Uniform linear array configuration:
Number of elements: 12
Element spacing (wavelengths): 1
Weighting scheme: binomial
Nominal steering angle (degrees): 15
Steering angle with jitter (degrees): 14.633
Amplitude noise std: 0.05
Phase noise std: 0.05

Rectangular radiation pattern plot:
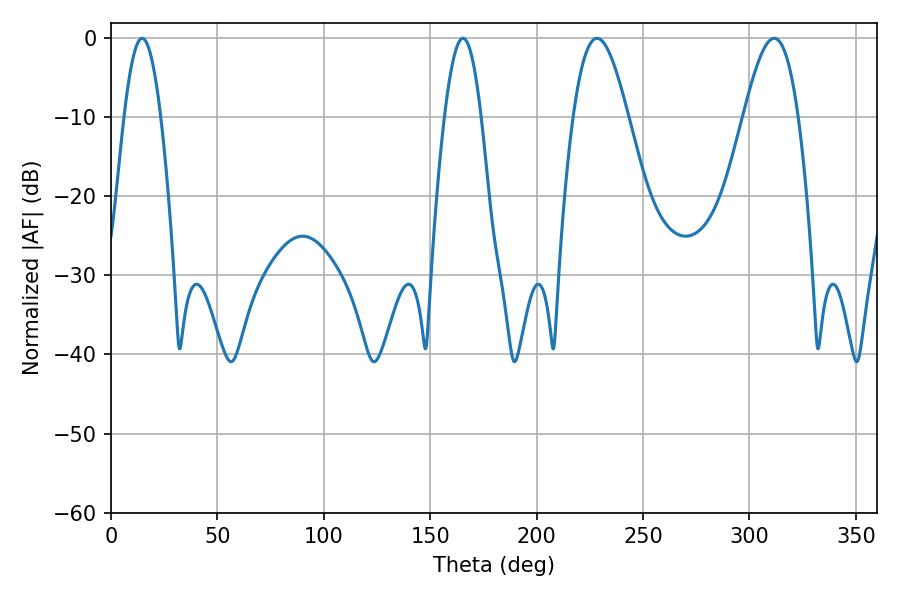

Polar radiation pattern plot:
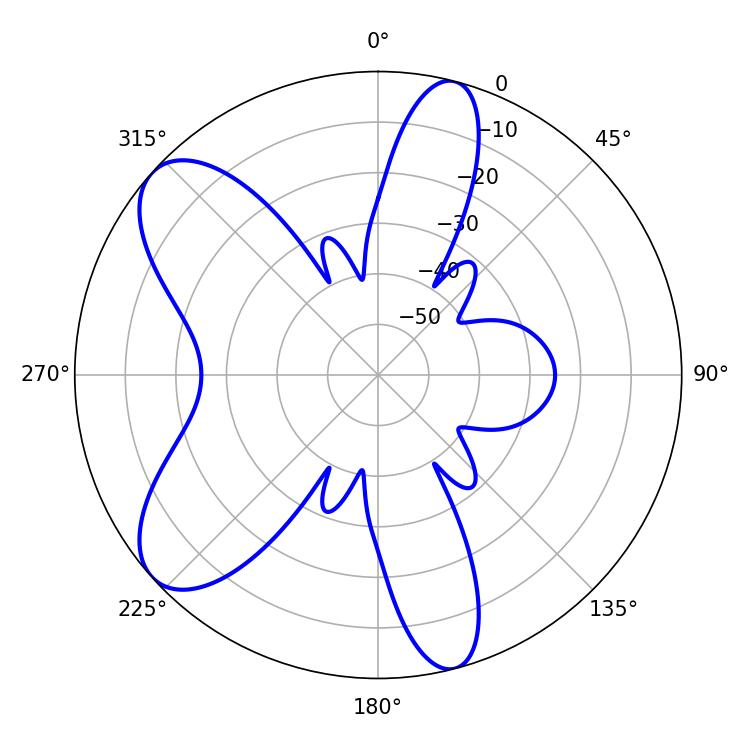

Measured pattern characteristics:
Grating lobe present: TRUE
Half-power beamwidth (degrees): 13.86
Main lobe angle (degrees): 228.42